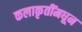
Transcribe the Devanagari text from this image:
कलाकृतींमधून